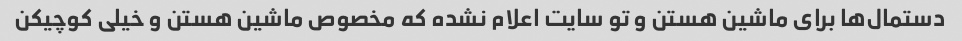
دستمال‌ها برای ماشین هستن و تو سایت اعلام نشده که مخصوص ماشین هستن و خیلی کوچیکن